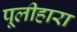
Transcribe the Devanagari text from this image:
पूलीहारा